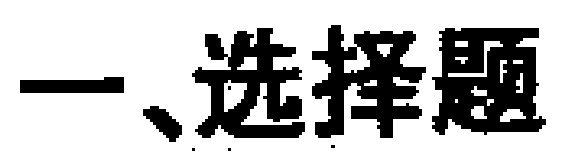
一、选择题